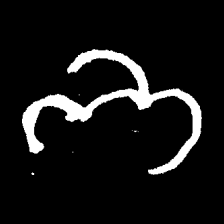
Pyu character \u2014 Myanmar letter: ဘ (romanized: bha)